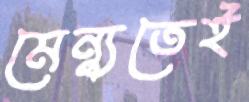
মেন্যুতেই